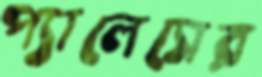
প্যালেসের